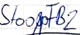
Text: StoopFB2